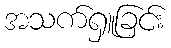
အသက်ရှူခြင်း